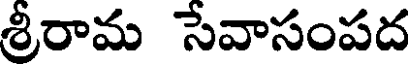
శ్రీరామ సేవాసంపద